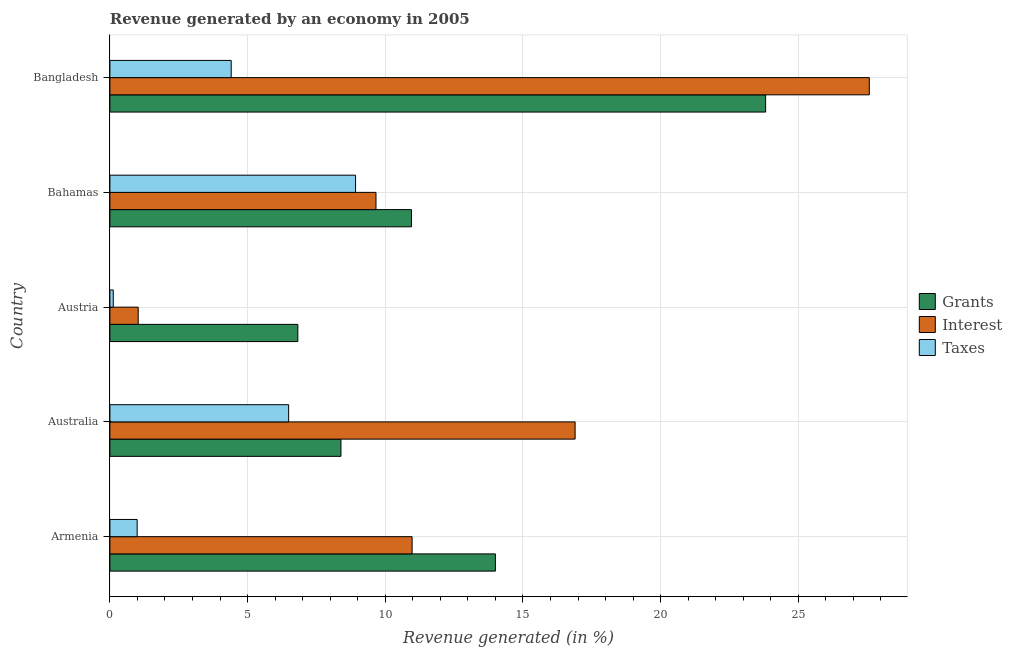
| Country | Grants | Interest | Taxes |
 | --- | --- | --- | --- |
 | Armenia | 14 | 11 | 0.99 |
 | Australia | 8.39 | 16.9 | 6.49 |
 | Austria | 6.83 | 1.03 | 0.122 |
 | Bahamas | 11 | 9.66 | 8.92 |
 | Bangladesh | 23.8 | 27.6 | 4.41 |